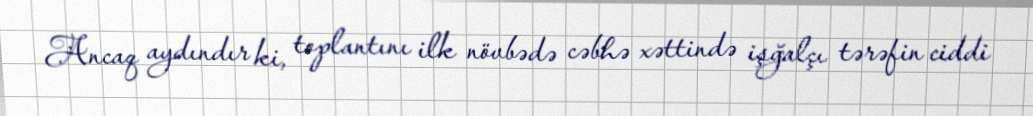
Ancaq aydındır ki, toplantını ilk növbədə cəbhə xəttində işğalçı tərəfin ciddi